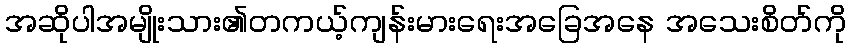
အဆိုပါအမျိုးသား၏တကယ့်ကျန်းမားရေးအခြေအနေ အသေးစိတ်ကို